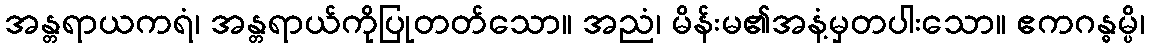
အန္တရာယကရံ၊ အန္တရာယ်ကိုပြုတတ်သော။ အညံ၊ မိန်းမ၏အနံ့မှတပါးသော။ ဧကဂန္ဓမ္ပိ၊